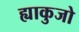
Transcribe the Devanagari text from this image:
ह्याकुजो